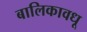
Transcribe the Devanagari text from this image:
बालिकावधू